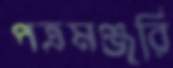
পত্রমঞ্জরি